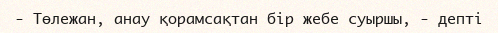
-	Төлежан, анау қорамсақтан бір жебе суыршы, - депті